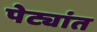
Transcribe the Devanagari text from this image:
पेट्यांत